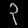
Digit: ၃